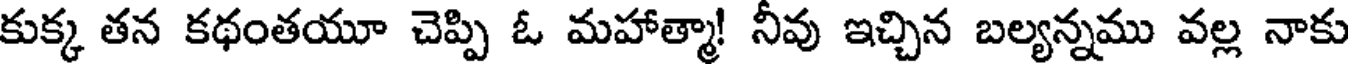
కుక్క తన కథంతయూ చెప్పి ఓ మహాత్మా! నీవు ఇచ్చిన బల్యన్నము వల్ల నాకు